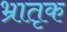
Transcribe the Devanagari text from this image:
भ्रातृक